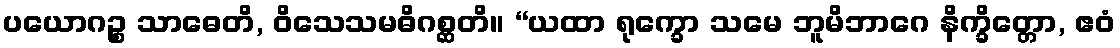
ပယောဂဉ္စ သာဓေတိ, ဝိသေသမဓိဂစ္ဆတိ။ “ယထာ ရုက္ခော သမေ ဘူမိဘာဂေ နိက္ခိတ္တော, ဧဝံ